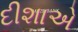
દીશાએ